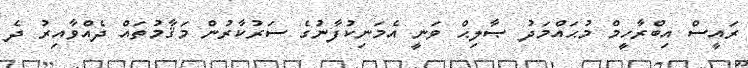
ރައީސް އިބްރާހީމް މުޙައްމަދު ޞާލިޙް ވަނީ އެމަނިކުފާނުގެ ސަރުކާރުން މަޤާމުތައް ދެއްވާއިރު ދެ